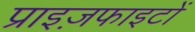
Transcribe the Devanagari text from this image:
प्राइज़फाइटों